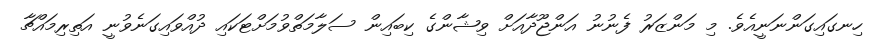
ހިނގައިގަންނަނީއެވެ. މި މަންޒަރު ފެނުނު އަންޖޫދާއަށް ވިޝާންގެ ކިބައިން ސަލާމަތްވުމަށްޓަކައި ދުއްވައިގަނެވުނީ އަތިރިމައްޗާ